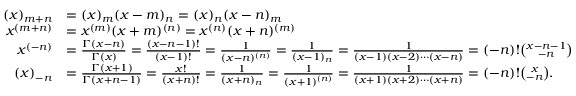
{ \begin{array} { r l } { ( x ) _ { m + n } } & { = ( x ) _ { m } ( x - m ) _ { n } = ( x ) _ { n } ( x - n ) _ { m } } \\ { x ^ { ( m + n ) } } & { = x ^ { ( m ) } ( x + m ) ^ { ( n ) } = x ^ { ( n ) } ( x + n ) ^ { ( m ) } } \\ { x ^ { ( - n ) } } & { = { \frac { \Gamma ( x - n ) } { \Gamma ( x ) } } = { \frac { ( x - n - 1 ) ! } { ( x - 1 ) ! } } = { \frac { 1 } { ( x - n ) ^ { ( n ) } } } = { \frac { 1 } { ( x - 1 ) _ { n } } } = { \frac { 1 } { ( x - 1 ) ( x - 2 ) \cdots ( x - n ) } } = ( - n ) ! { \binom { x - n - 1 } { - n } } } \\ { ( x ) _ { - n } } & { = { \frac { \Gamma ( x + 1 ) } { \Gamma ( x + n - 1 ) } } = { \frac { x ! } { ( x + n ) ! } } = { \frac { 1 } { ( x + n ) _ { n } } } = { \frac { 1 } { ( x + 1 ) ^ { ( n ) } } } = { \frac { 1 } { ( x + 1 ) ( x + 2 ) \cdots ( x + n ) } } = ( - n ) ! { \binom { x } { - n } } . } \end{array} }